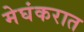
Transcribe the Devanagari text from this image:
मेघंकरात